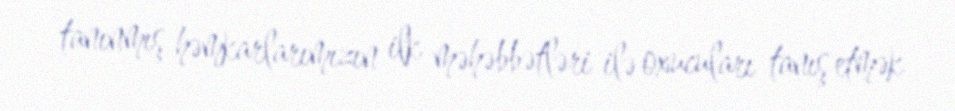
tanınmış həmkarlarımızın ilk məhəbbətləri ilə oxucuları tanış etmək